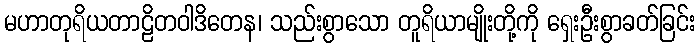
မဟာတုရိယတာဠိတဝါဒိတေန၊ သည်းစွာသော တူရိယာမျိုးတို့ကို ရှေးဦးစွာခတ်ခြင်း